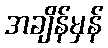
အချိန်မှန်